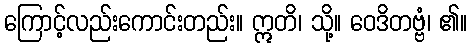
ကြောင့်လည်းကောင်းတည်း။ ဣတိ၊ သို့။ ဝေဒိတဗ္ဗံ၊ ၏။